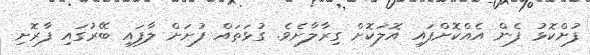
ފުށްކޮޅު ފެން އެއްކޮށްފައި އޮލަކޮށް ގިރާލާށެވެ. ގުޅަތައް ފުށަށް ލާފައި ބޭރުގައި ފާރޮށި